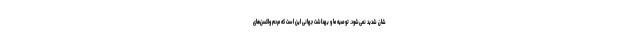
شان شدید نمی‌شود. توصیه ما و بهداشت جهانی این است که مردم واکسن‌های